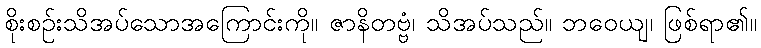
စိုးစဉ်းသိအပ်သောအကြောင်းကို။ ဇာနိတဗ္ဗံ၊ သိအပ်သည်။ ဘဝေယျ၊ ဖြစ်ရာ၏။